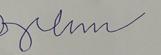
Signature authenticity: forged